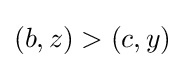
(b,z)>(c,y)